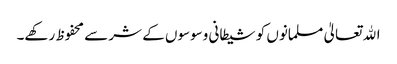
اﷲ تعالیٰ مسلمانوں کو شیطانی وسوسوں کے شر سے محفوظ رکھے۔